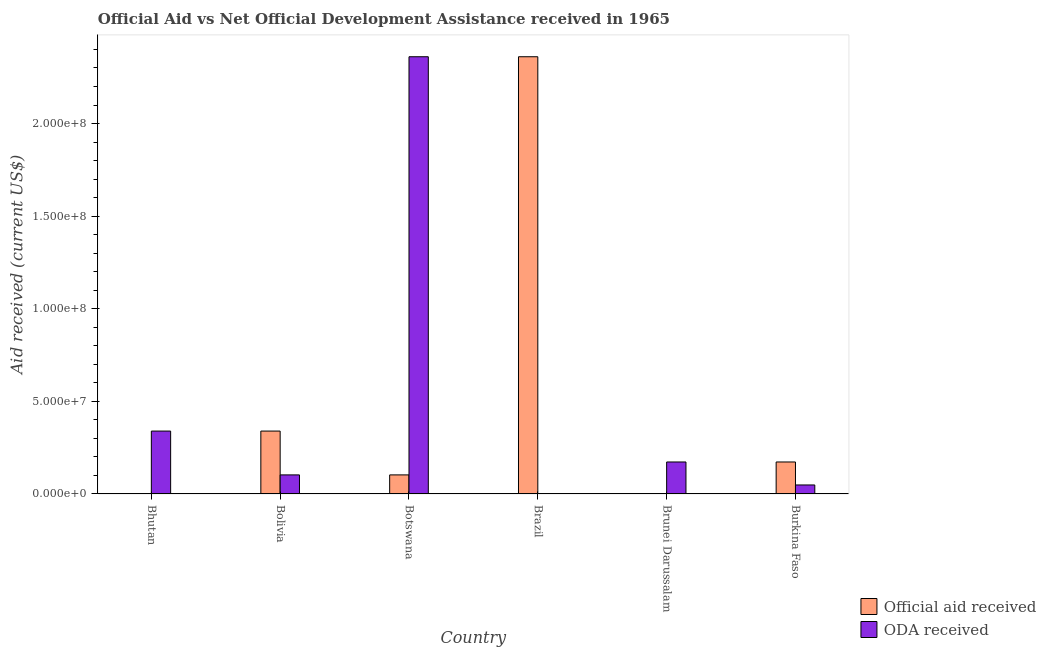
| Country | Official aid received | ODA received |
 | --- | --- | --- |
 | Bhutan | 1.6e+05 | 3.4e+07 |
 | Bolivia | 3.4e+07 | 1.03e+07 |
 | Botswana | 1.03e+07 | 2.36e+08 |
 | Brazil | 2.36e+08 | 8e+04 |
 | Brunei Darussalam | 8e+04 | 1.73e+07 |
 | Burkina Faso | 1.73e+07 | 4.86e+06 |